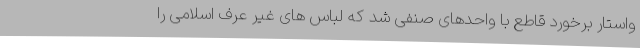
واستار برخورد قاطع با واحدهای صنفی شد که لباس های غیر عرف اسلامی را